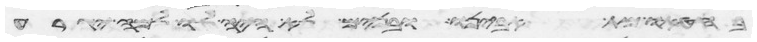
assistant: בחטאו מת אבינו ובנים לא היה לו למה יגרע